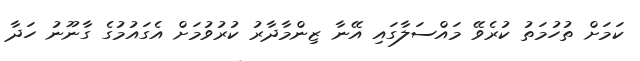
ކަމަށް ތުހުމަތު ކުރެވޭ މައްސަލާގައި އޭނާ ޒިންމާދާރު ކުރުވުމަށް އެގައުމުގެ ގާނޫނު ހަދާ